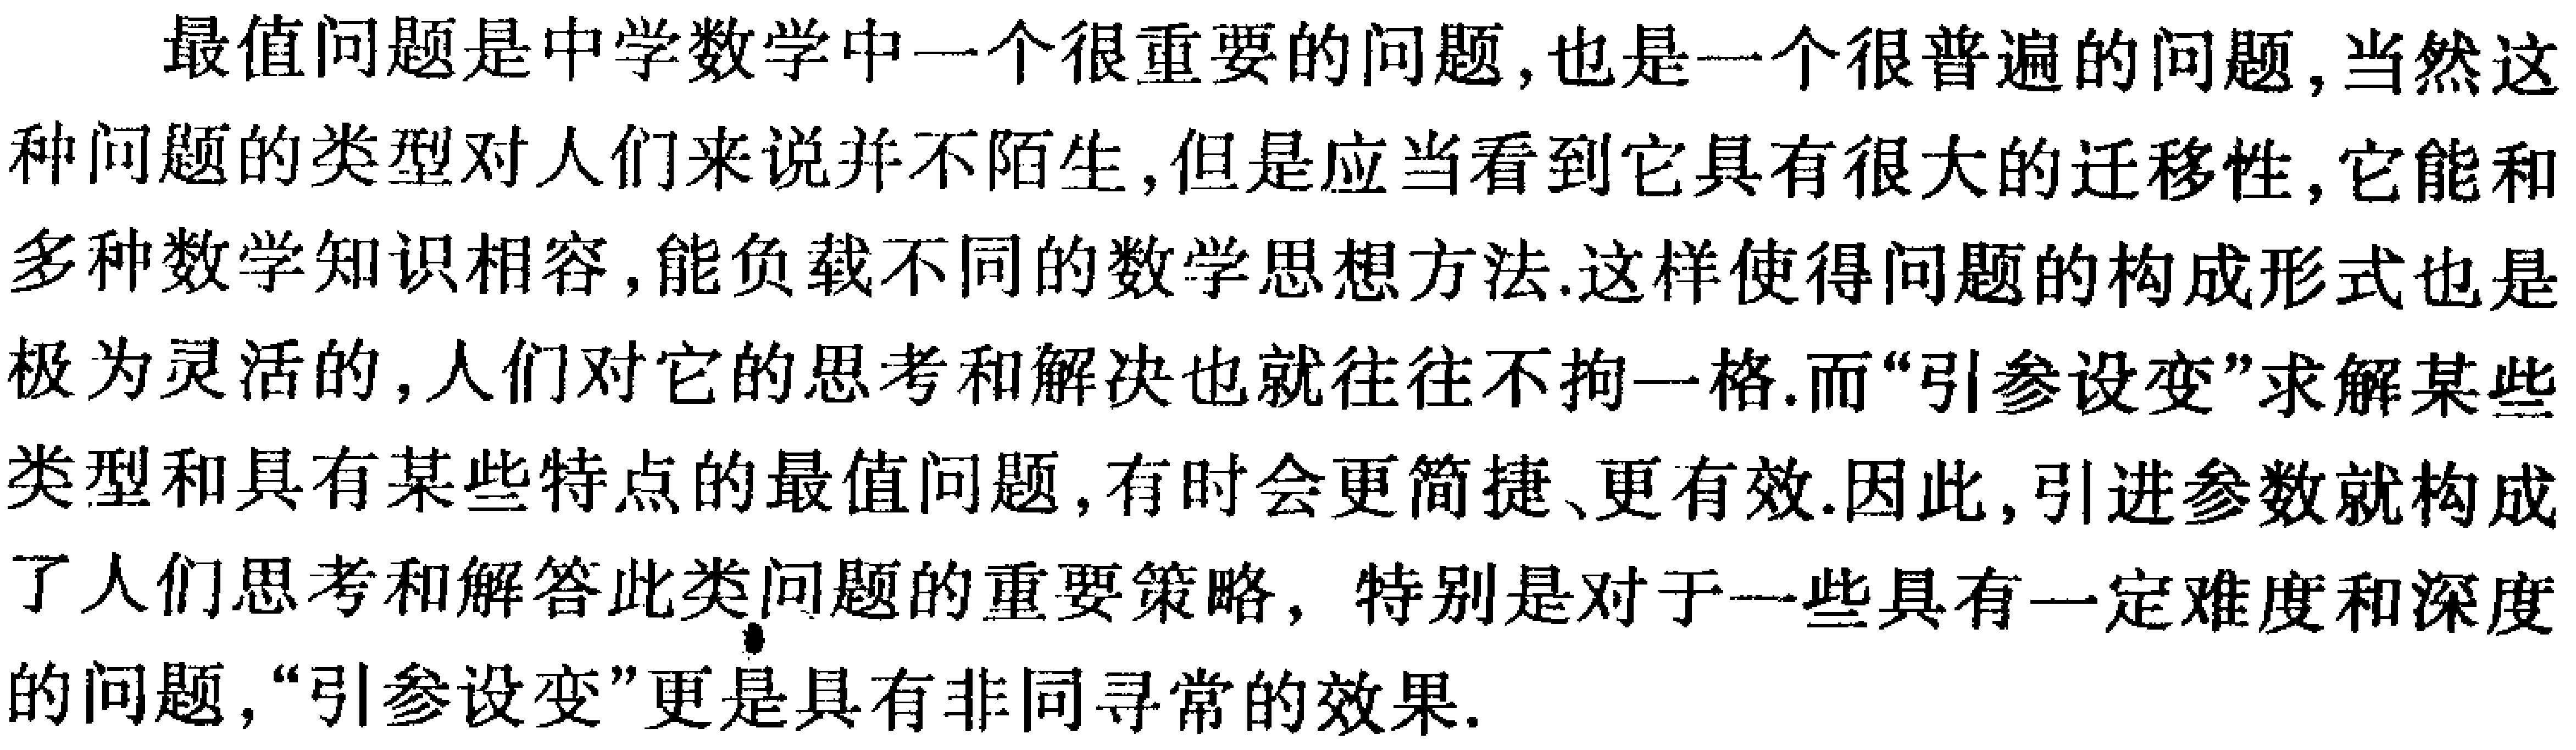
最值问题是中学数学中一个很重要的问题,也是一个很普遍的问题,当然这种问题的类型对人们来说并不陌生,但是应当看到它具有很大的迁移性,它能和多种数学知识相容,能负载不同的数学思想方法.这样使得问题的构成形式也是极为灵活的,人们对它的思考和解决也就往往不拘一格.而“引参设变”求解某些类型和具有某些特点的最值问题,有时会更简捷、更有效.因此,引进参数就构成了人们思考和解答此类问题的重要策略，特别是对于一些具有一定难度和深度的问题,“引参设变”更是具有非同寻常的效果.